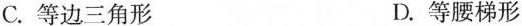
C.等边三角形 D.等腰梯形